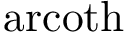
\operatorname { a r c o t h }